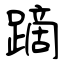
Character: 蹢